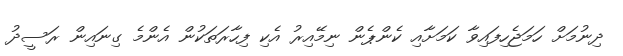
ދިނުމަށް ހަމަޖެހިފައިވާ ކަމަށާއި ކެންޕެން ނިމޭއިރު އެކި ފިހާރަތަކުން އެންމެ ގިނައިން ރަސީދު